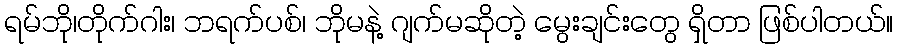
ရမ်ဘို၊တိုက်ဂါး၊ ဘရက်ပစ်၊ ဘိုမနဲ့ ဂျက်မဆိုတဲ့ မွေးချင်းတွေ ရှိတာ ဖြစ်ပါတယ်။